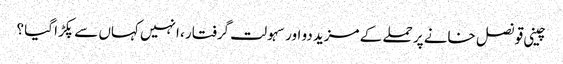
چینی قونصل خانے پر حملے کے مزید دو اور سہولت گرفتار ، انہیں کہاں سے پکڑا گیا ؟